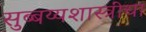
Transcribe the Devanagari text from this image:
सुब्बय्यशास्त्रींचा